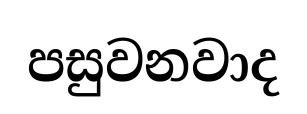
පසුවනවාද